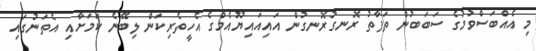
މި އެއްބަސްވުމުގެ ސަބަބުން ތަފާތު ރޮނގުރޮނގުން އައިއައިޔޫއެމްގެ އެހީތެރިކަން ލިބޭނެ ކަމަށާއި އެތަނުގައި